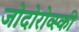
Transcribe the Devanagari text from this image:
जोदोरोव्स्की